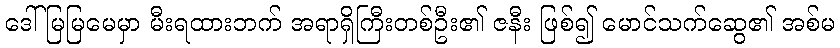
ဒေါ်မြမြမေမှာ မီးရထားဘက် အရာရှိကြီးတစ်ဦး၏ ဇနီး ဖြစ်၍ မောင်သက်ဆွေ၏ အစ်မ